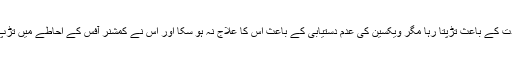
میر حسن مرض کی شدت کے باعث تڑپتا رہا مگر ویکسین کی عدم دستیابی کے باعث اس کا علاج نہ ہو سکا اور اس نے کمشنر آفس کے احاطے میں تڑپ تڑپ کر جان دے دی۔